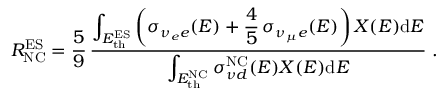
R _ { \mathrm { N C } } ^ { \mathrm { E S } } = { \frac { 5 } { 9 } } \, { \frac { \displaystyle \int _ { E _ { \mathrm { t h } } ^ { \mathrm { E S } } } \left( \sigma _ { \nu _ { e } e } ( E ) + { \frac { 4 } { 5 } } \, \sigma _ { \nu _ { \mu } e } ( E ) \right) X ( E ) \mathrm { d } E } { \displaystyle \int _ { E _ { \mathrm { t h } } ^ { \mathrm { N C } } } \sigma _ { { \nu } d } ^ { \mathrm { N C } } ( E ) X ( E ) \mathrm { d } E } } \; .